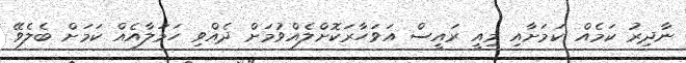
ނާދިރު ކަމެއް ކަމަށާއި މިއީ ރައީސް އަވަހާރަކޮށްލެއްވުމަށް ދެއްވި ހަމަލާއެއް ކަމަށް ބެލެވޭ